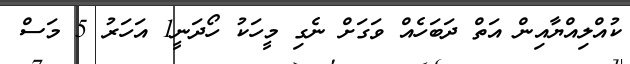
ކުއްލިއްޔާއިން އަތް ދަބަހެއް ވަގަށް ނެގި މީހަކު ހޯދަނީ1 އަހަރު 5 މަސް